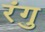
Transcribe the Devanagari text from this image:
रंगु